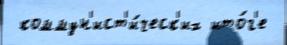
 коммун'ист'и́ческ'их ито́г'е